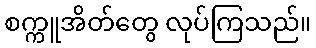
စက္ကူအိတ်တွေ လုပ်ကြသည်။